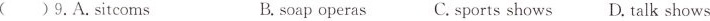
( ) 9. A. Sitco ms B. soap operas C. sports shows D. talk shows